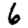
Digit: 6